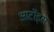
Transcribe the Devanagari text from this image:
आर्टोइस